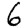
Digit: 6